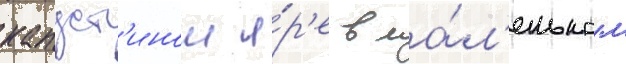
капуст'ином я́р'е в ма́л'еньком